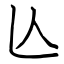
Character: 亾